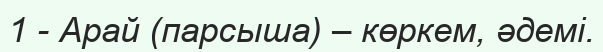
1 - Арай (парсыша) – көркем, әдемі.